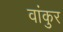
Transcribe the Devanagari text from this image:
वांकुर